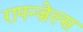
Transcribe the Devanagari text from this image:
रापन्ज़ेल्स